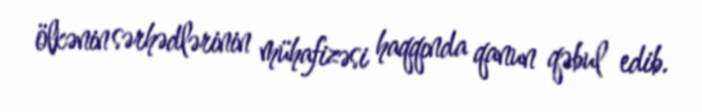
ölkənin sərhədlərinin mühafizəsi haqqında qanun qəbul edib.